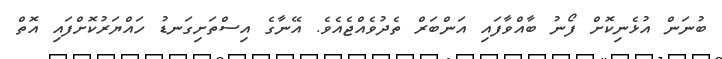
ބުނަން އުޅެނިކޮށް ފޯނު ބާއްވާފައި އަންބަރް ތެދުވެއްޖެއެވެ. އޭނާގެ އިސްތަށިގަނޑު ހައްޔަރުކޮށްފައި އޮތް